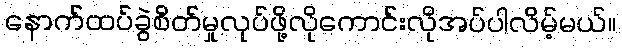
နောက်ထပ်ခွဲစိတ်မှုလုပ်ဖို့လိုကောင်းလိုအပ်ပါလိမ့်မယ်။